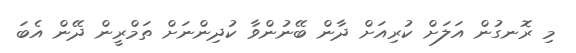
މި ރޮނގުން އަލަށް ކުރިއަށް ދާން ބޭނުންވާ ކުދިންނަށް ތަމްރީން ދޭން އެބަ